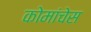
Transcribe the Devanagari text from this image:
कोमांचेस